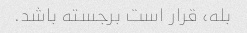
بله، قرار است برجسته باشد.